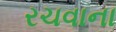
રચવાના